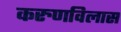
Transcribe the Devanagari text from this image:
करुणविलास